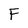
Character: F